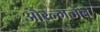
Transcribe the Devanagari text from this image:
औरन्गजेब